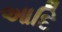
આદિ